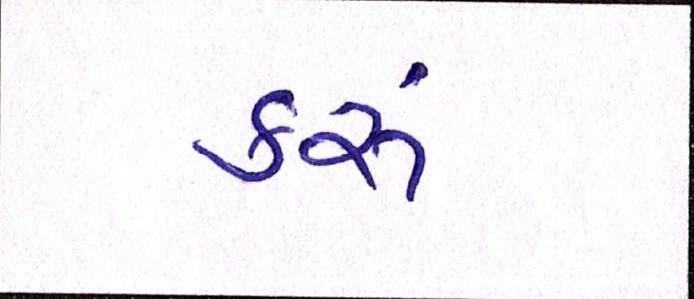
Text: કરૂં